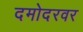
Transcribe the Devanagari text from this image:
दमोदरवर